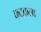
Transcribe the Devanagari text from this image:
कटकला